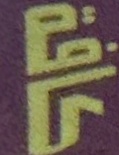
كافة